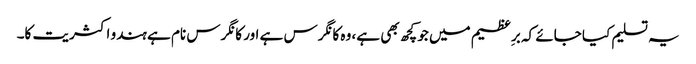
یہ تسلیم کیا جائے کہ برِعظیم میں جو کچھ بھی ہے، وہ کانگرس ہے اور کانگرس نام ہے ہندو اکثریت کا۔